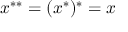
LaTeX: x ^ { * * } = ( x ^ { * } ) ^ { * } = x